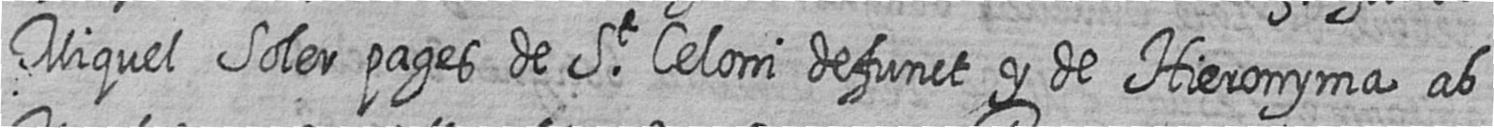
Miquel Soler pages de St Celoni defunct y de Hieronyma ab